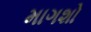
માગશો